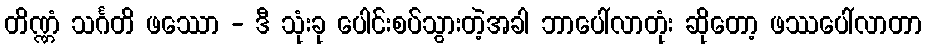
တိဏ္ဏံ သင်္ဂတိ ဖဿော - ဒီ သုံးခု ပေါင်းစပ်သွားတဲ့အခါ ဘာပေါ်လာတုံး ဆိုတော့ ဖဿပေါ်လာတာ